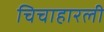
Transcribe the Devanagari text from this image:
चिचाहारली